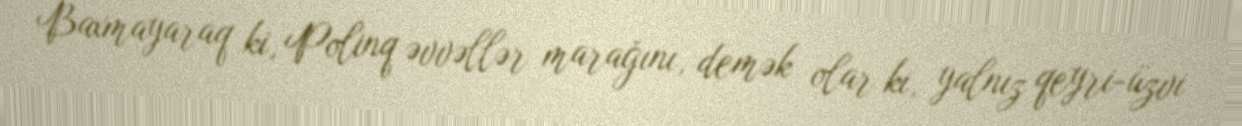
Baxmayaraq ki, Polinq əvvəllər marağını, demək olar ki, yalnız qeyri-üzvi